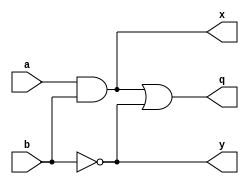
// This program was cloned from: https://github.com/Aryavardhan37/Verilog_codes
// License: MIT License

module lc1(a,b,x,y,q);
input a,b;
output x,y,q;

and(x,a,b);
not(y,b);
or(q,x,y);

endmodule